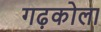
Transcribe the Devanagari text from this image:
गढ़कोला